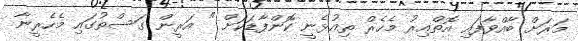
މަރަށް ބާއްވާފައި އޮތްއިރު މެހެރް ތިއުޅެނީ ކޮންފާޑަކަށް " އަރީން ގަސްތުގައި މެހެރީނާ